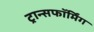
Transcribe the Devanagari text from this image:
ट्रान्सफॉर्मिंग